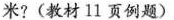
米？(教材11页例题)